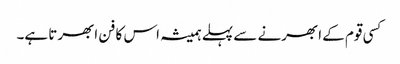
کسی قوم کے ابھرنے سے پہلے ہمیشہ اس کا فن ابھرتا ہے۔